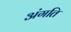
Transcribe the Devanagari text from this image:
अंगति